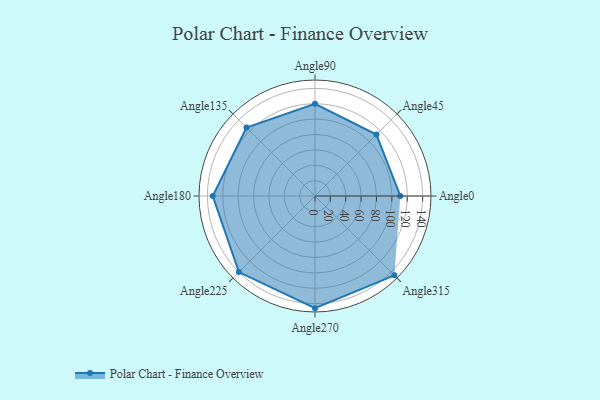
{"axis": {"x": "Angle", "y": "Radius"}, "legend": [""], "data": [{"x": "Angle0", "y": 111.0, "type": ""}, {"x": "Angle45", "y": 113.0, "type": ""}, {"x": "Angle90", "y": 120.0, "type": ""}, {"x": "Angle135", "y": 126.0, "type": ""}, {"x": "Angle180", "y": 133.0, "type": ""}, {"x": "Angle225", "y": 140.0, "type": ""}, {"x": "Angle270", "y": 146.0, "type": ""}, {"x": "Angle315", "y": 146.0, "type": ""}]}